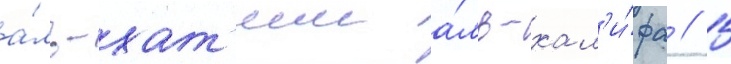
а́ль-хат'им а́ль-хал'и́фа // 5